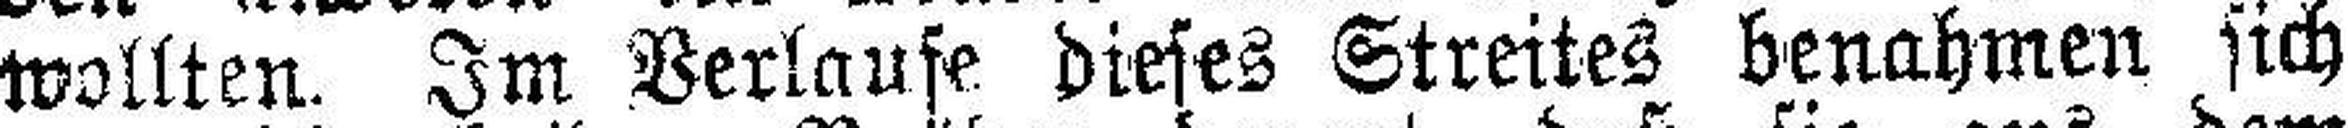
wollten. Im Verlaufe dieses Streites benahmen sich